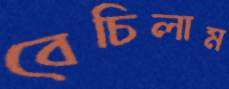
বেচিলাম